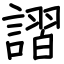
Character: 謵